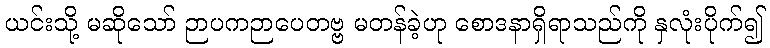
ယင်းသို့ မဆိုသော် ဉာပကဉာပေတဗ္ဗ မတန်ခဲ့ဟု စောဒနာရှိရာသည်ကို နှလုံးပိုက်၍